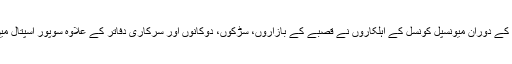
گزشتہ کئی روز سے جاری اس مہم کے دوران میونسپل کونسل کے اہلکاروں نے قصبے کے بازاروں، سڑکوں، دوکانوں اور سرکاری دفاتر کے علاوہ سوپور اسپتال میںجراثیم کش ادویات کا چھڑکائو کیا۔